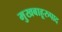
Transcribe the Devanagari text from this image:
मुखबाहूरुपाद